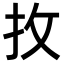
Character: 𢪛